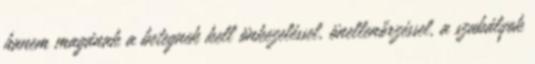
hanem magának a betegnek kell önkezeléssel, önellenőrzéssel, a szabályok